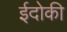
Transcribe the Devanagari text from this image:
ईदोकी